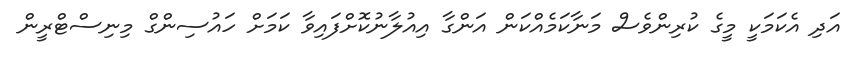
އަދި އެކަމަކީ މީގެ ކުރިންވެސް މަނާކަމެއްކަން އަންގާާ އިއުލާނުކޮށްފައިވާ ކަމަށް ހައުސިންގް މިނިސްޓްރީން